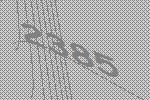
2385